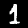
Digit: 1